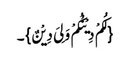
{لَکُمْ دِیْنُکُمْ وَلِیَ دِیْنٌ}۔